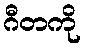
ဂီတကို